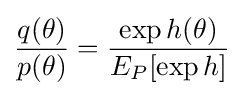
{\frac {q(\theta )}{p(\theta )}}={\frac {\exp h(\theta )}{E_{P}[\exp h]}}